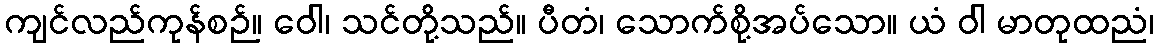
ကျင်လည်ကုန်စဉ်။ ဝေါ၊ သင်တို့သည်။ ပီတံ၊ သောက်စို့အပ်သော။ ယံ ဝါ မာတုထညံ၊